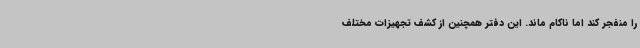
را منفجر کند اما ناکام ماند. این دفتر همچنین از کشف تجهیزات مختلف